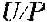
U/P